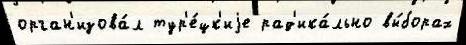
орган'изова́л тур'е́цк'иjе рад'ика́льно вы́борах